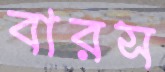
বারস